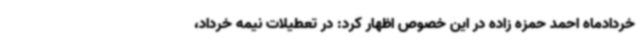
خردادماه احمد حمزه زاده در این خصوص اظهار کرد: در تعطیلات نیمه خرداد،